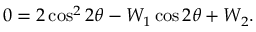
\begin{array} { r } { 0 = 2 \cos ^ { 2 } 2 \theta - W _ { 1 } \cos 2 \theta + W _ { 2 } . } \end{array}